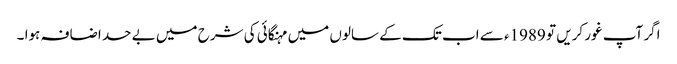
اگر آپ غور کریں تو 1989ء سے اب تک کے سالوں میں مہنگائی کی شرح میں بے حد اضافہ ہوا ۔